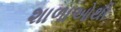
શાળાઓથી